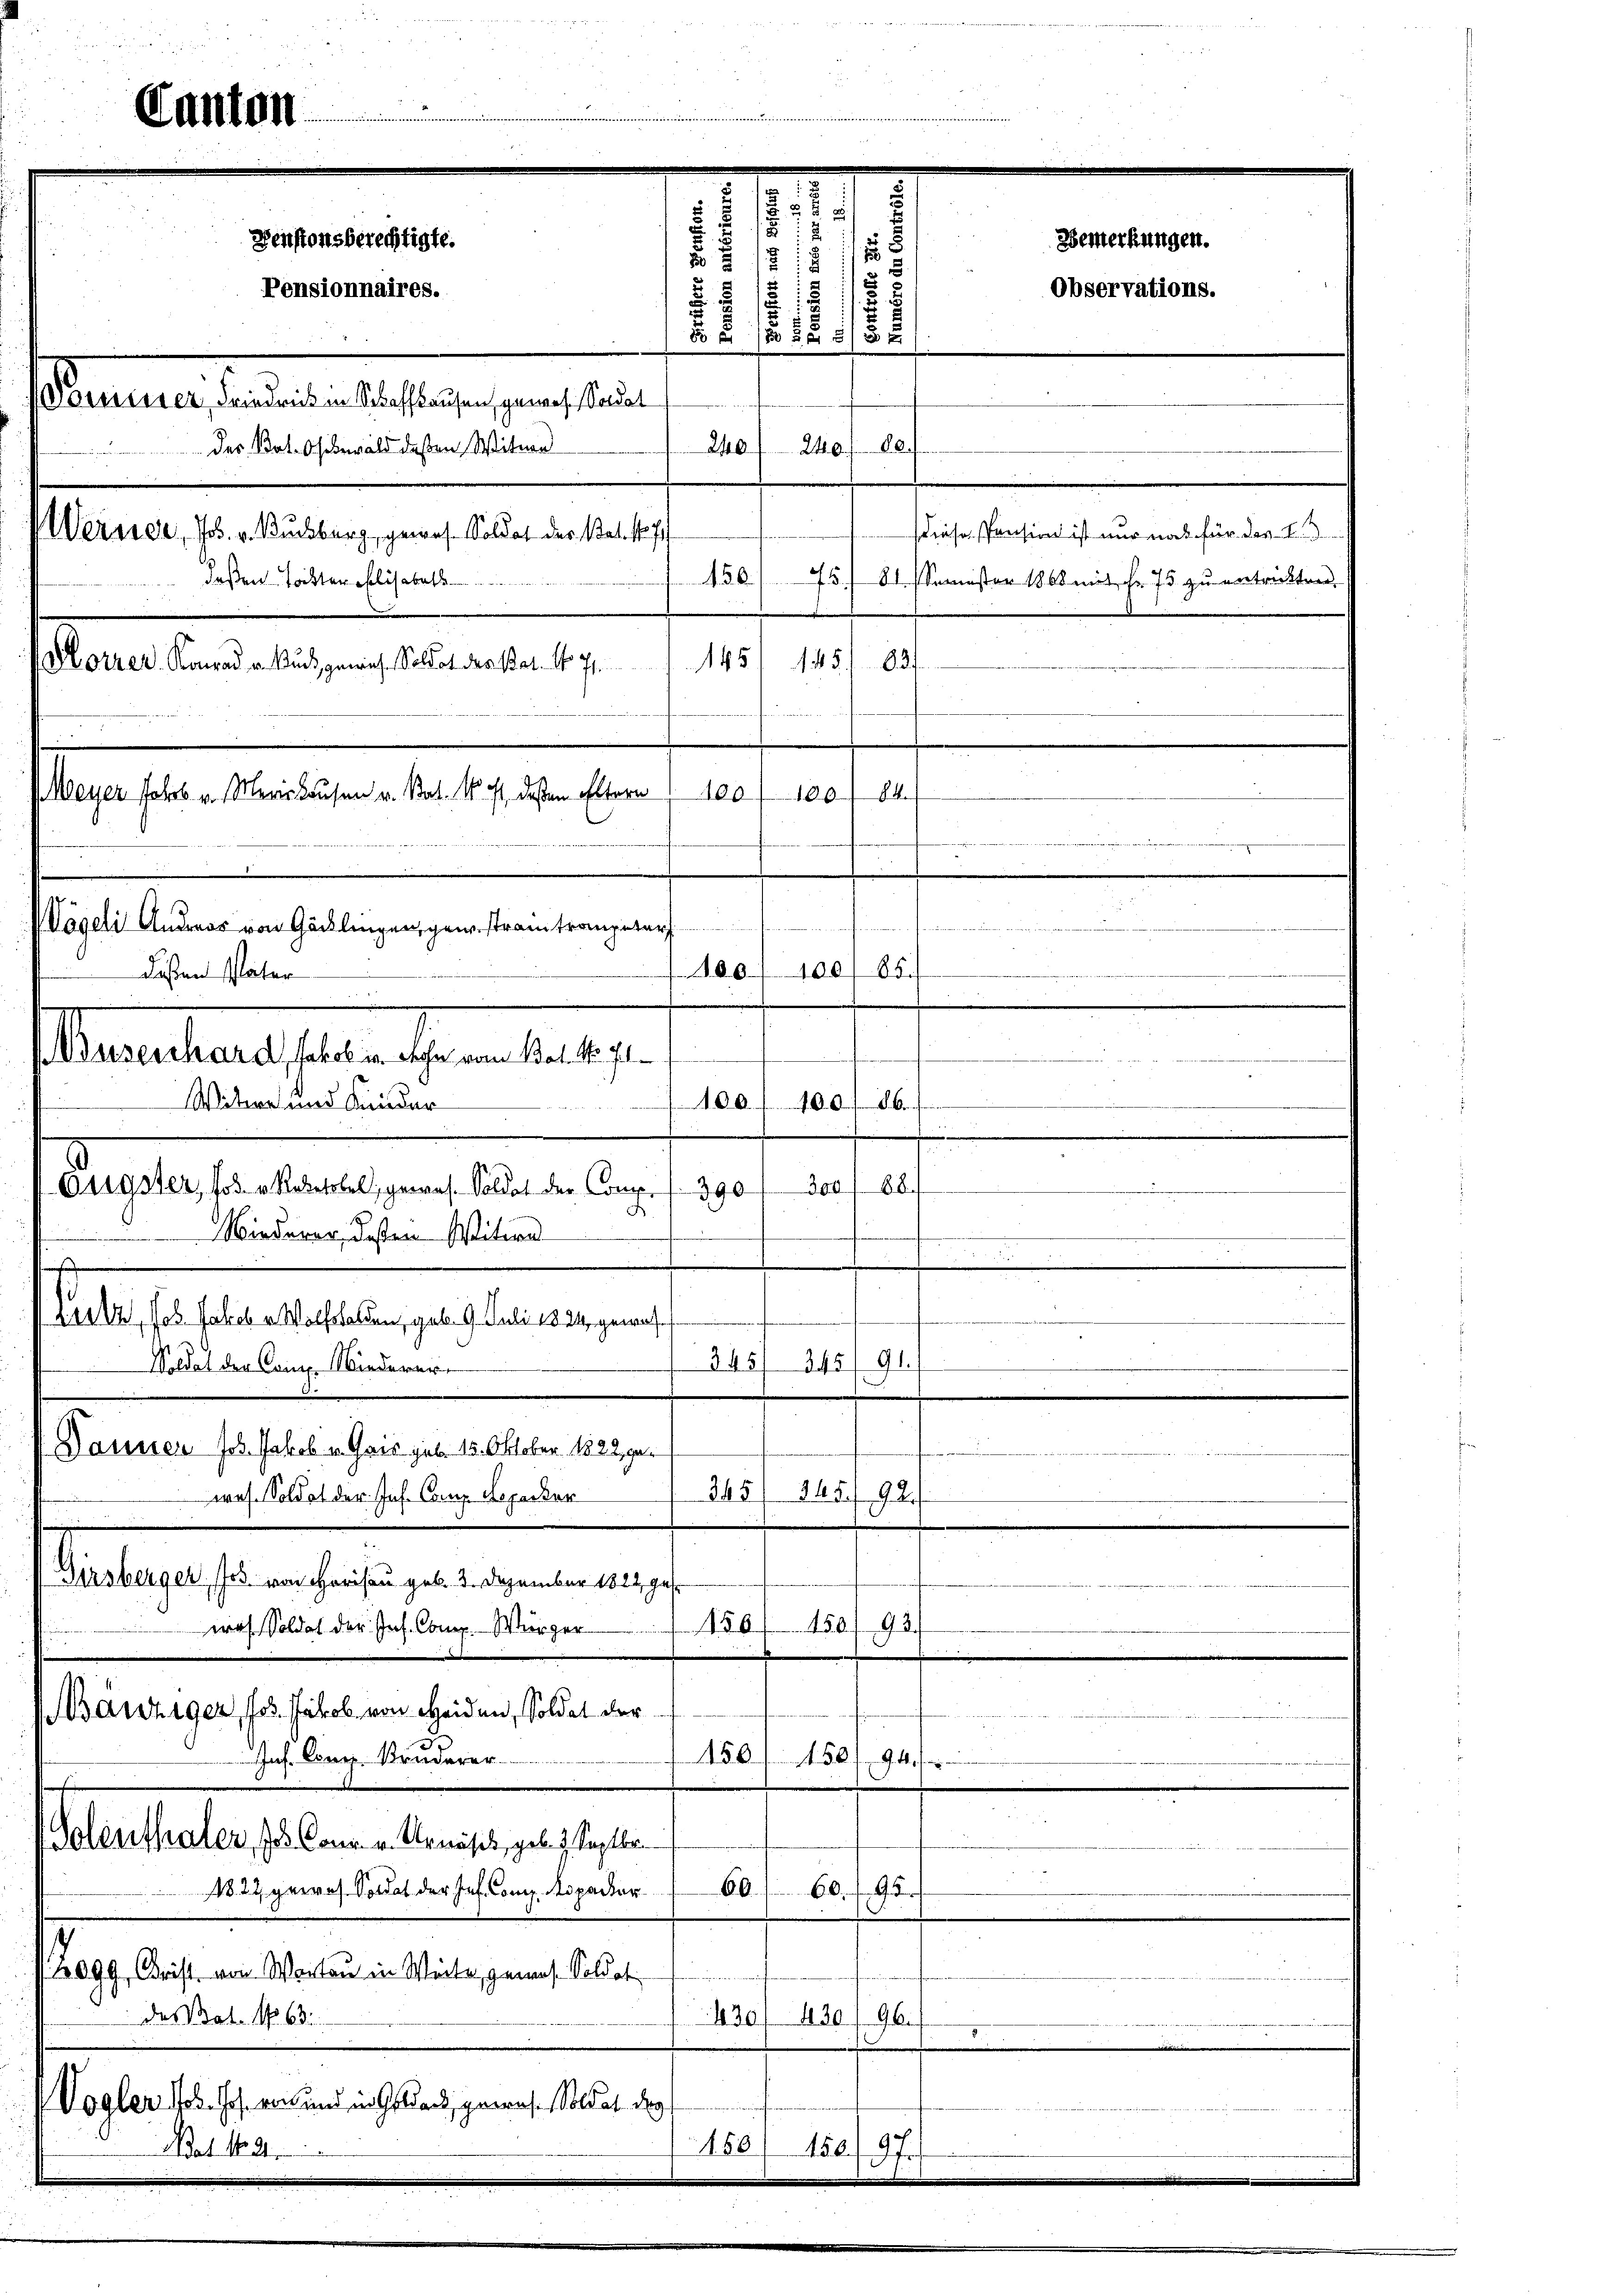
diese Pension ist nur nach für das L. S
Weisser, Jos. v. Kursburg, gewes. Soldat der Stat. s. f.
150.
deßen Tochten selisabett
75. 81. Semester 1868 mit Fr. 75 zu entrickten.
145
a
Morrer Konrad v. Kuch, gewies. Soldat der Bat. No. 71. 145
d
Meyer fahres. v. Merishausen v. Stat. v. J., deßen Eltern
Auf das al

.

Canton

dißen Vater

e
u
Denstonsberechtigte.
Bemerkungen.
1
i
1
Observations.
Pensionnaires.
.
7
25 f 12 1/82
Stammen kannten heftigen uns eine
240. fl. 80
240
des Bot. Oberald deßen Witwe

ecretar selben heren den 19.
Widere und Kinder
100.
.
100

.
s
ta
Esigster, sode Rektobel, gewes. Soldat der Comp. 1. 390
A
Winderer, dessen Witwe
.
Lurtz Jos. Jakob u. Wolfshalden, geb. 9. Juli 1824 gewas
Soldat der keine Niederart
Donnen Jos. Jakob u. Gais sub 15. Oktober 1822, ge¬
345 (14592.
was. Soldat der Joh. Can. Sepacker
Girsberger, Jos. von Herisau geb. 2. Dezember 1822 gese
450.
92.
56
was Soldat der Jos. Comp. Würger
Bänziger, Jos. Jakob von Heiden, Soldat der
1501. 158/94)
Inf. Comp. Kruderer
Golenthaler, zu Conr v. Urnäses, geb. 9. Septbr.
1822 proros. Soldat der Jes. Comp. Aspactor
60.
60. f. 9
2099. Christ von Worten in Weite, genaus. Soldat
dasat. No. 63.
435/ 430/96.)
Vogler Joh. Jos. von und in Geldeck, gewes. Soldat der
150
Nat. 162.
1507.

Wägeli Anders von Gäcklingen gestram trangetr
100/100/ 85.

345/ 345/91.